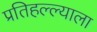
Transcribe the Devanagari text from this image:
प्रतिहल्ल्याला